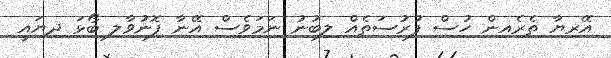
އޭރިޔާ ތެރެއިން ހުސް ފުރުސަތެއް ލިބުނު ނަމަވެސް އޭނާ ފޮނުވާލި ބޯޅަ ދިޔައީ